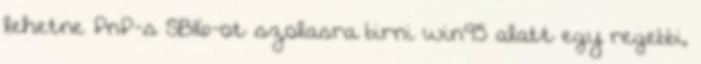
lehetne PnP-s SB16-ot szolasra birni win95 alatt egy regebbi,